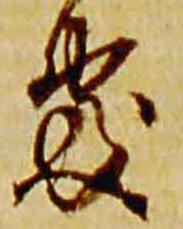
処